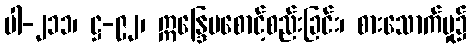
ပါ-၂၁၁၊ ဋ္ဌ-၉၂၊ ဣန္ဒြေမစောင့်စည်းခြင်း၊ စားသောက်မှု၌